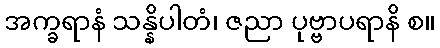
အက္ခရာနံ သန္နိပါတံ၊ ဇညာ ပုဗ္ဗာပရာနိ စ။